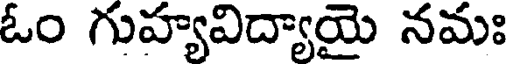
ఓం గుహ్యవిద్యాయై నమః